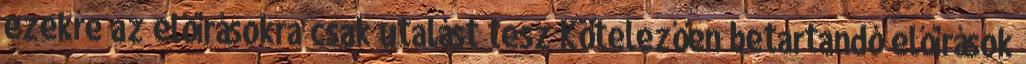
ezekre az előírásokra csak utalást tesz Kötelezően betartandó előírások